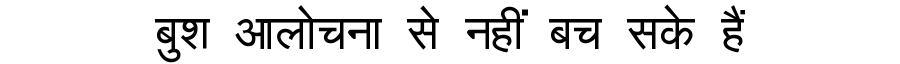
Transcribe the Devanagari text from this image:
बुश आलोचना से नहीं बच सके हैं